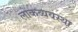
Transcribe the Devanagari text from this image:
लोकव्यवस्था